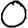
Digit: 0